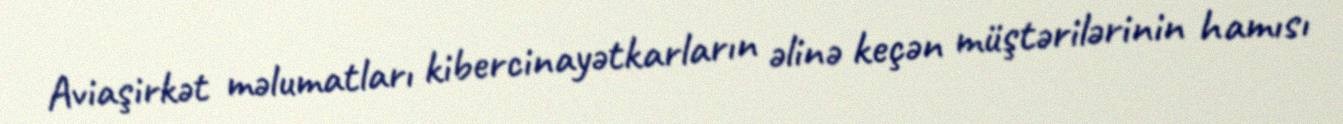
Aviaşirkət məlumatları kibercinayətkarların əlinə keçən müştərilərinin hamısı